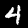
Label: 4